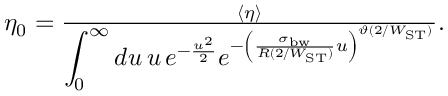
\begin{array} { r } { \eta _ { 0 } = \frac { \langle \eta \rangle } { \displaystyle { \int _ { 0 } ^ { \infty } d u \, u \, e ^ { - \frac { u ^ { 2 } } { 2 } } e ^ { - \left( \frac { \sigma _ { \mathrm { b w } } } { R ( 2 / W _ { \mathrm { S T } } ) } u \right) ^ { \vartheta ( 2 / W _ { \mathrm { S T } } ) } } } } . } \end{array}